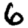
Digit: 6